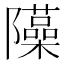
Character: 𨽣